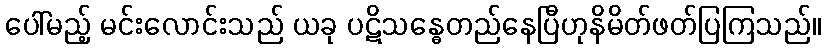
ပေါ်မည့် မင်းလောင်းသည် ယခု ပဋိသန္ဓေတည်နေပြီဟုနိမိတ်ဖတ်ပြကြသည်။